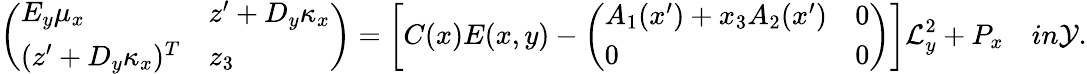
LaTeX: \left(\begin{array}{ll}{\begin{array}{l}{E_{y}\mu_{x}}\end{array}}&{z^{\prime}+D_{y}\kappa_{x}}\\ {(z^{\prime}+D_{y}\kappa_{x})^{T}}&{z_{3}}\end{array}\right)=\left[C(x)E(x,y)-\left(\begin{array}{ll}{A_{1}(x^{\prime})+x_{3}A_{2}(x^{\prime})}&{0}\\ {0}&{0}\end{array}\right)\right]\mathcal{L}_{y}^{2}+P_{x}\quad\textit{in}\mathcal{Y}.